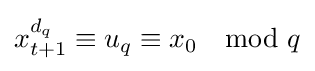
x_{t+1}^{d_{q}}\equiv u_{q}\equiv x_{0}\mod {q}